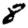
Digit: 8